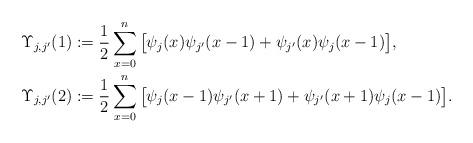
LaTeX: \begin{align*}&\Upsilon_{j,j'}(1):=\frac12\sum_{x=0}^n \big[\psi_j(x)\psi_{j'}(x-1)+\psi_{j'}(x) \psi_{j}(x-1)\big],\\& \Upsilon_{j,j'}(2):=\frac12\sum_{x=0}^n \big[\psi_j(x-1)\psi_{j'}(x+1)+\psi_{j'}(x+1) \psi_{j}(x-1)\big].\end{align*}